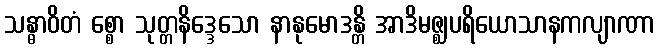
သန္ဓာဝိတံ စ္စော သုတ္တနိဒ္ဒေသော နာနုမောဒန္တိ အာဒိမဇ္ဈပရိယောသာနကလျာဏာ